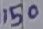
Text: 150